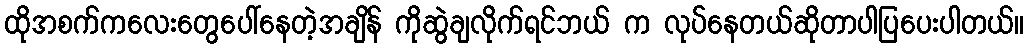
ထိုအစက်ကလေးတွေပေါ်နေတဲ့အချိန် ကိုဆွဲချလိုက်ရင်ဘယ် က လုပ်နေတယ်ဆိုတာပါပြပေးပါတယ်။